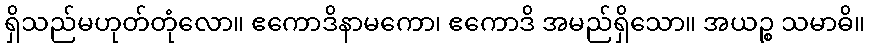
ရှိသည်မဟုတ်တုံလော။ ဧကောဒိနာမကော၊ ဧကောဒိ အမည်ရှိသော။ အယဉ္စ သမာဓိ။